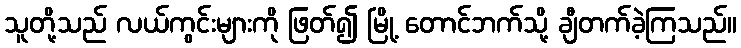
သူတို့သည် လယ်ကွင်းများကို ဖြတ်၍ မြို့ တောင်ဘက်သို့ ချီတက်ခဲ့ကြသည်။